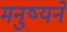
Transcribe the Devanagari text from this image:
मनुष्यने